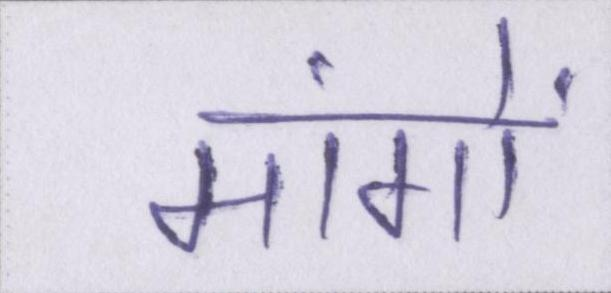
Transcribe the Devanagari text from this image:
मांगों